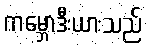
ကမ္ဘောဒီးယားသည်